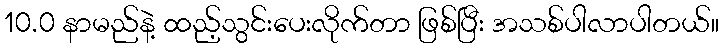
10.0 နာမည်နဲ့ ထည့်သွင်းပေးလိုက်တာ ဖြစ်ပြီး အသစ်ပါလာပါတယ်။